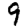
Digit: 9